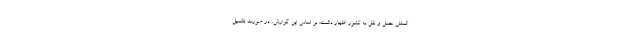
المللی حمل و نقل به کشور اظهار داشت: بر اساس این گزارش، در صورت تکمیل